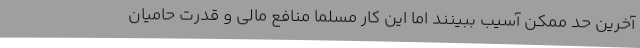
آخرین حد ممکن آسیب ببینند اما این کار مسلما منافع مالی و قدرت حامیان